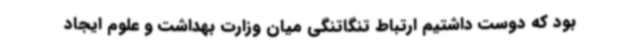
بود که دوست داشتیم ارتباط تنگاتنگی میان وزارت بهداشت و علوم ایجاد